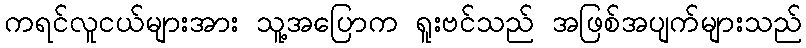
ကရင်လူငယ်များအား သူ့အပြောက ရူးဗင်သည် အဖြစ်အပျက်များသည်